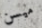
ميسن